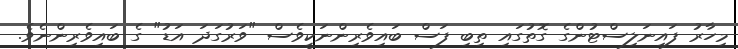
މިހާރު ފައިނަލިސްޓުންގެ ގޮތުގައި ތިބި ފަސް ބައިވެރިންނަކީވެސް "ވަރުގަދަ އަޑު" ގެ ބައިވެރިންނެވެ.